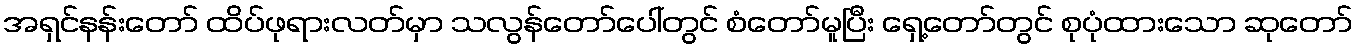
အရှင်နန်းတော် ထိပ်ဖုရားလတ်မှာ သလွန်တော်ပေါ်တွင် စံတော်မူပြီး ရှေ့တော်တွင် စုပုံထားသော ဆုတော်